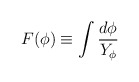
\begin{align*} F(\phi)\equiv\int{d\phi\over Y_\phi}\end{align*}